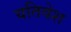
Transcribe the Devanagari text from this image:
यतिवेश